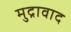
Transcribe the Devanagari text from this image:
मुद्रावाद